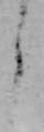
よ